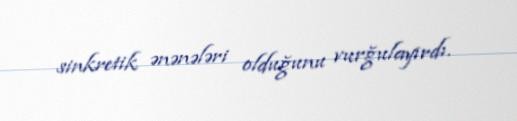
sinkretik ənənələri olduğunu vurğulayırdı.